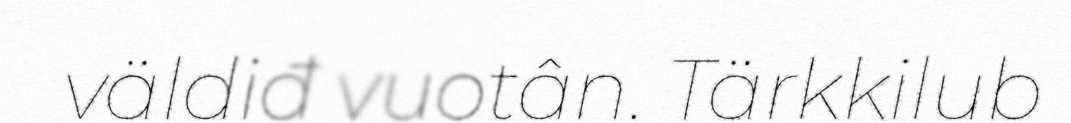
väldiđ vuotân. Tärkkilub